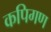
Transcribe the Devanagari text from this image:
कपिगण